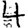
Digit: 4